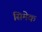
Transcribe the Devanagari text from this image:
सिमेक